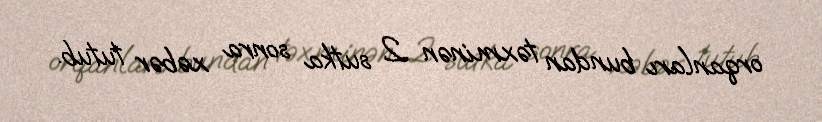
orqanları bundan təxminən 2 sutka sonra xəbər tutub.